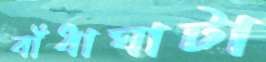
বাঁধাঘাটা